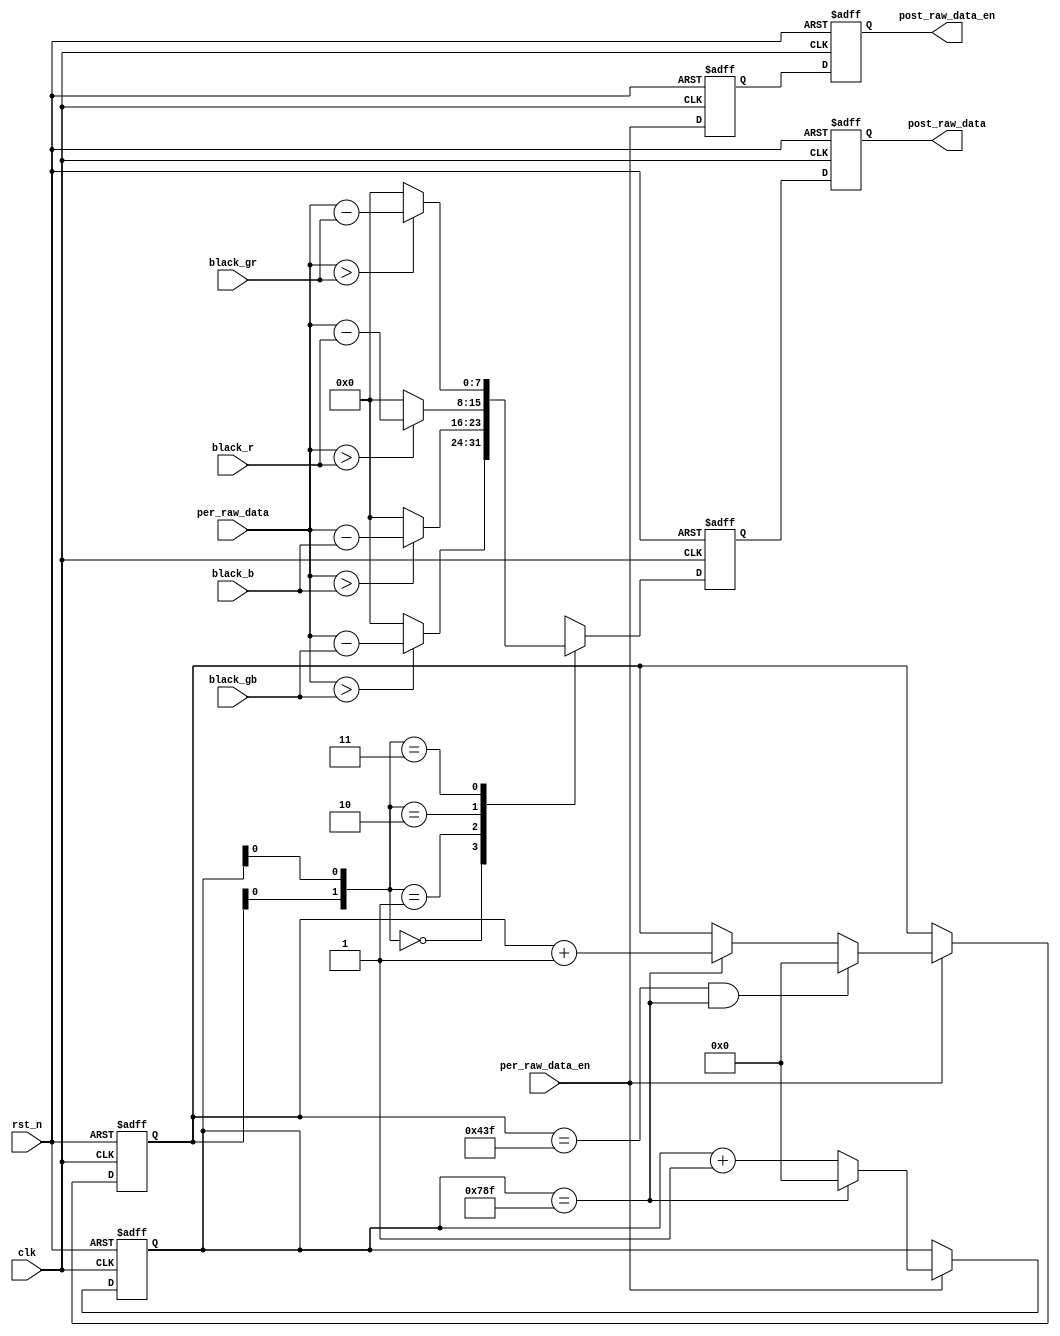
/*************************************************************************
    > File Name: isp_blc.v
    > Author: bxq
    > Mail: 544177215@qq.com
    > Created Time: Thu 21 Jan 2021 21:50:04 GMT
 ************************************************************************/
`timescale 1 ns / 1 ps

/*
 * ISP - Black Level Correction
 */

module isp_blc
#(
	parameter BITS = 8,
	parameter WIDTH = 1936,
	parameter HEIGHT = 1088
)(
	input wire  clk,
	input wire  rst_n,

    input wire [7:0]    black_gb,
    input wire [7:0]    black_b ,
    input wire [7:0]    black_r ,
    input wire [7:0]    black_gr,

	input   [BITS-1:0]  per_raw_data,
    input               per_raw_data_en,

	output  [BITS-1:0]  post_raw_data,
	output              post_raw_data_en
);

reg [7:0]  raw_nowtime;
// parameter RAW_HPIXEL = 11'd1920;
// parameter RAW_VPIXEL = 11'd1080;
//1936x1088
reg [10:0]  h_cnt;
reg [10:0]  v_cnt;

//h_cnt:
always@(posedge clk or negedge rst_n)
    if(rst_n == 1'b0)
        h_cnt   <=  12'd0   ;
    else if(per_raw_data_en == 1'b1)
        if(h_cnt == WIDTH - 1'd1)
            h_cnt   <=  12'd0   ;
        else
            h_cnt   <=  h_cnt + 1'd1   ;
    else
        h_cnt <= h_cnt;
//v_cnt:
always@(posedge clk or negedge rst_n)
    if(rst_n == 1'b0)
        v_cnt   <=  12'd0 ;
    else    if(per_raw_data_en == 1'b1)
        if((v_cnt == HEIGHT - 1'd1) &&  (h_cnt == WIDTH-1'd1))
            v_cnt   <=  12'd0 ;
        else    if(h_cnt == WIDTH - 1'd1)
            v_cnt   <=  v_cnt + 1'd1 ;
        else
            v_cnt   <=  v_cnt ;
    else
        v_cnt   <=  v_cnt ;

    wire [1:0] format;
    assign format = {v_cnt[0],h_cnt[0]};

reg [BITS-1:0] blc_sub;
always @ (posedge clk or negedge rst_n) 
begin
    if (rst_n == 1'b0) 
        blc_sub <= 8'd0;
    else case (format)
        2'b00: blc_sub <= per_raw_data > black_gb ? per_raw_data - black_gb : {BITS{1'b0}};
        2'b01: blc_sub <= per_raw_data > black_b ? per_raw_data - black_b : {BITS{1'b0}};
        2'b10: blc_sub <= per_raw_data > black_r ? per_raw_data - black_r : {BITS{1'b0}};
        2'b11: blc_sub <= per_raw_data > black_gr ? per_raw_data - black_gr : {BITS{1'b0}};
        default: blc_sub = {BITS{1'b0}};
    endcase
end
always @ (posedge clk or negedge rst_n) 
begin
    if (rst_n == 1'b0) 
        raw_nowtime <= 8'd0;
    else
        raw_nowtime <= blc_sub;
end

reg post_raw_data_en_r0;
reg post_raw_data_en_r1;
always @ (posedge clk or negedge rst_n) 
begin
    if (rst_n == 1'b0) begin
        post_raw_data_en_r0 <= 1'b0;
        post_raw_data_en_r1 <= 1'b0;
    end
    else begin
        post_raw_data_en_r0 <= per_raw_data_en;
        post_raw_data_en_r1 <= post_raw_data_en_r0;
    end
end

assign post_raw_data_en = post_raw_data_en_r1;
assign post_raw_data = raw_nowtime;
endmodule